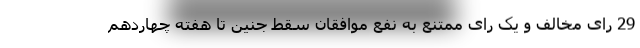
29 رای مخالف و یک رای ممتنع به نفع موافقان سقط جنین تا هفته چهاردهم